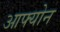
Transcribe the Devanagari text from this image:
आफ्योन